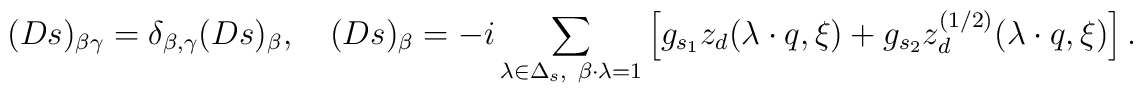
(Ds)_{\beta \gamma}= \delta_{\beta,\gamma}(Ds)_{\beta},\quad    (Ds)_{\beta}=-i\sum_{\lambda\in\Delta_s,\    \beta\cdot\lambda=1}\left[    g_{s_1}z_{d}(\lambda\cdot q,\xi)    +g_{s_2}z_{d}^{(1/2)}(\lambda\cdot q,\xi)    \right].